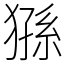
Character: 猻